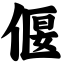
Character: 偃